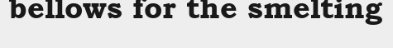
bellows for the smelting